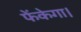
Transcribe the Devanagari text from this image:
फेंकेगा।